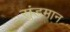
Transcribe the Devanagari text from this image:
सुंडमान